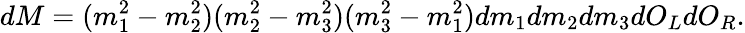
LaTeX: dM=(m_{1}^{2}-m_{2}^{2})(m_{2}^{2}-m_{3}^{2})(m_{3}^{2}-m_{1}^{2})dm_{1}dm_{2}dm_{3}dO_{L}dO_{R}.